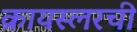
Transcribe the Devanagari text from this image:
क्रायस्लरची